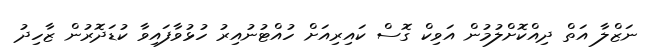
ނަޒްލާ އަތް ދިއްކޮށްލުމުން އަވިކް ގޮސް ކައިރިއަށް ހުއްޓުނުއިރު ހުޅުވާފައިވާ ކުޑަދޮރުން ޒާހިދު